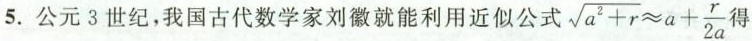
5.公元3世纪，我国古代数学家刘徽就能利用近似公式$$\sqrt { a ^ { 2 } + r } \approx a + \frac { r } { 2 a }$$得